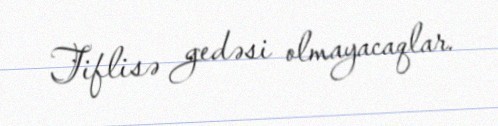
Tiflisə gedəsi olmayacaqlar.